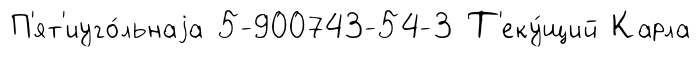
П'ят'иуго́льнаjа 5-900743-54-3 Т'еку́щий Карла